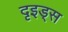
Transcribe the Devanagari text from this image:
दृइड्स